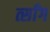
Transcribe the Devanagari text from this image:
त्साँग